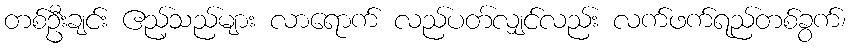
တစ်ဦးချင်း ဧည့်သည်များ လာရောက် လည်ပတ်လျှင်လည်း လက်ဖက်ရည်တစ်ခွက်၊